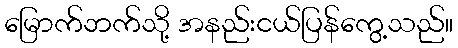
မြောက်ဘက်သို့ အနည်းငယ်ပြန်ကွေ့သည်။